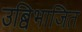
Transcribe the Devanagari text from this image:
उब्विभाजित